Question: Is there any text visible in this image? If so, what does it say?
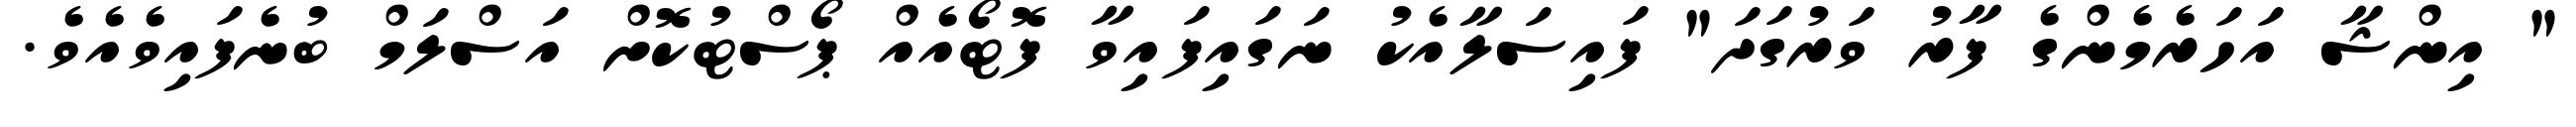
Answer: " އިންޝާ އަހަރެމެންގެ ފާރު ވަރުގަދަ" ފައިސަލާއެކު ނަގައިފައިވާ ފޮޓޯއެއް ޕޯސްޓުކޮށް އަސްލަމް ބުނެފައިވެއެވެ.